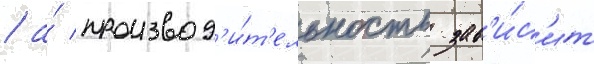
/ а́ производ'и́т'ельность зав'и́с'ит